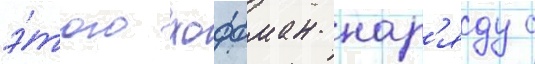
э́того хоффман нар'яду с